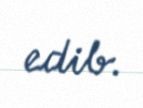
edib.